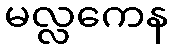
မလ္လကေန